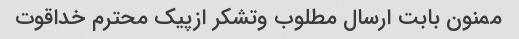
ممنون بابت ارسال مطلوب وتشکر ازپیک محترم خداقوت